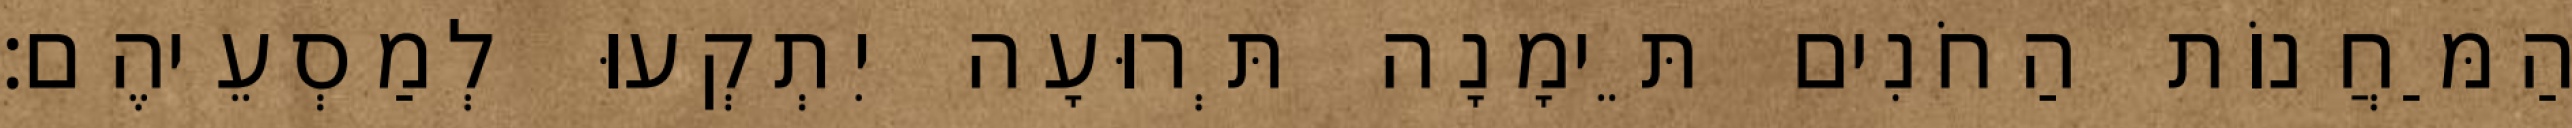
הַמַּחֲנוֹת הַחֹנִים תֵּימָנָה תְּרוּעָה יִתְקְעוּ לְמַסְעֵיהֶם׃